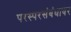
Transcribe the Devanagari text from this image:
परस्परसंबंधावर